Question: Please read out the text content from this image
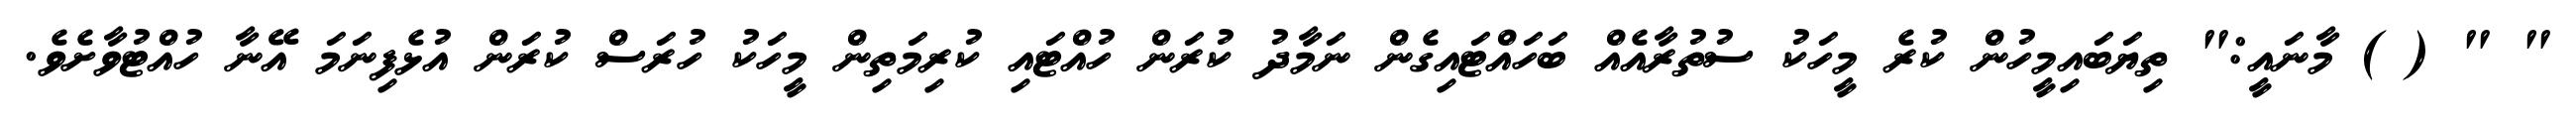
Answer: " " ( ) މާނައީ:" ތިޔަބައިމީހުން ކުރެ މީހަކު ސުތުރާއެއް ބަހައްޓައިގެން ނަމާދު ކުރަން ހުއްޓައި ކުރިމަތިން މީހަކު ހުރަސް ކުރަން އުޅެފިނަމަ އޭނާ ހުއްޓުވާށެވެ.